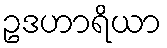
ဥဒဟာရိယာ